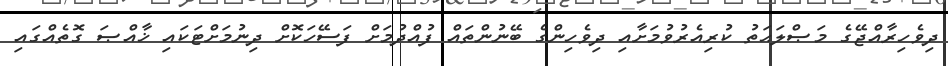
ދިވެހިރާއްޖޭގެ މަޞްލަޙަތު ކުރިއެރުވުމަށާއި ދިވެހިންގެ ބޭނުންތައް ފުއްދުމަށް ފަސޭހަކޮށް ދިނުމަށްޓަކައި ޚާއްޞަ ގޮތެއްގައި